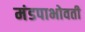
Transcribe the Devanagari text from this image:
मंडपाभोवती